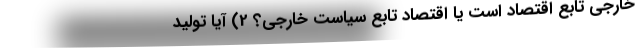
خارجی تابعِ اقتصاد است یا اقتصاد تابعِ سیاستِ خارجی؟ 2) آیا تولید